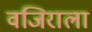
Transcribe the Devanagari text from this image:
वजिराला